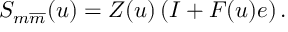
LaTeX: S _ { m \overline { { { m } } } } ( u ) = Z ( u ) \left( I + F ( u ) e \right) .